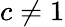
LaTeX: c\ne 1